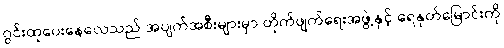
ဂွင်းထုပေးနေလေသည် အပျက်အစီးများမှာ တိုက်ဖျက်ရေးအဖွဲ့နှင့် ရေနုတ်မြောင်းကို